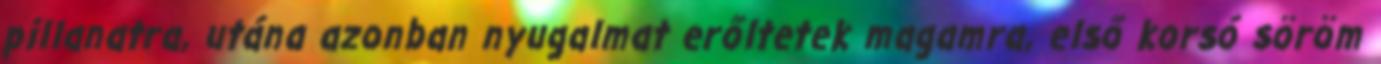
pillanatra, utána azonban nyugalmat erőltetek magamra, első korsó söröm